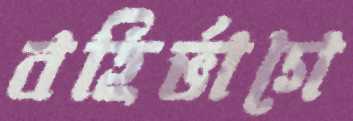
বহির্ভাগে